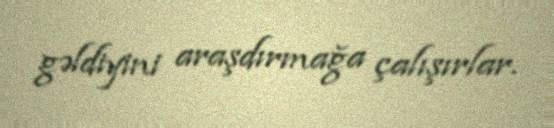
gəldiyini araşdırmağa çalışırlar.